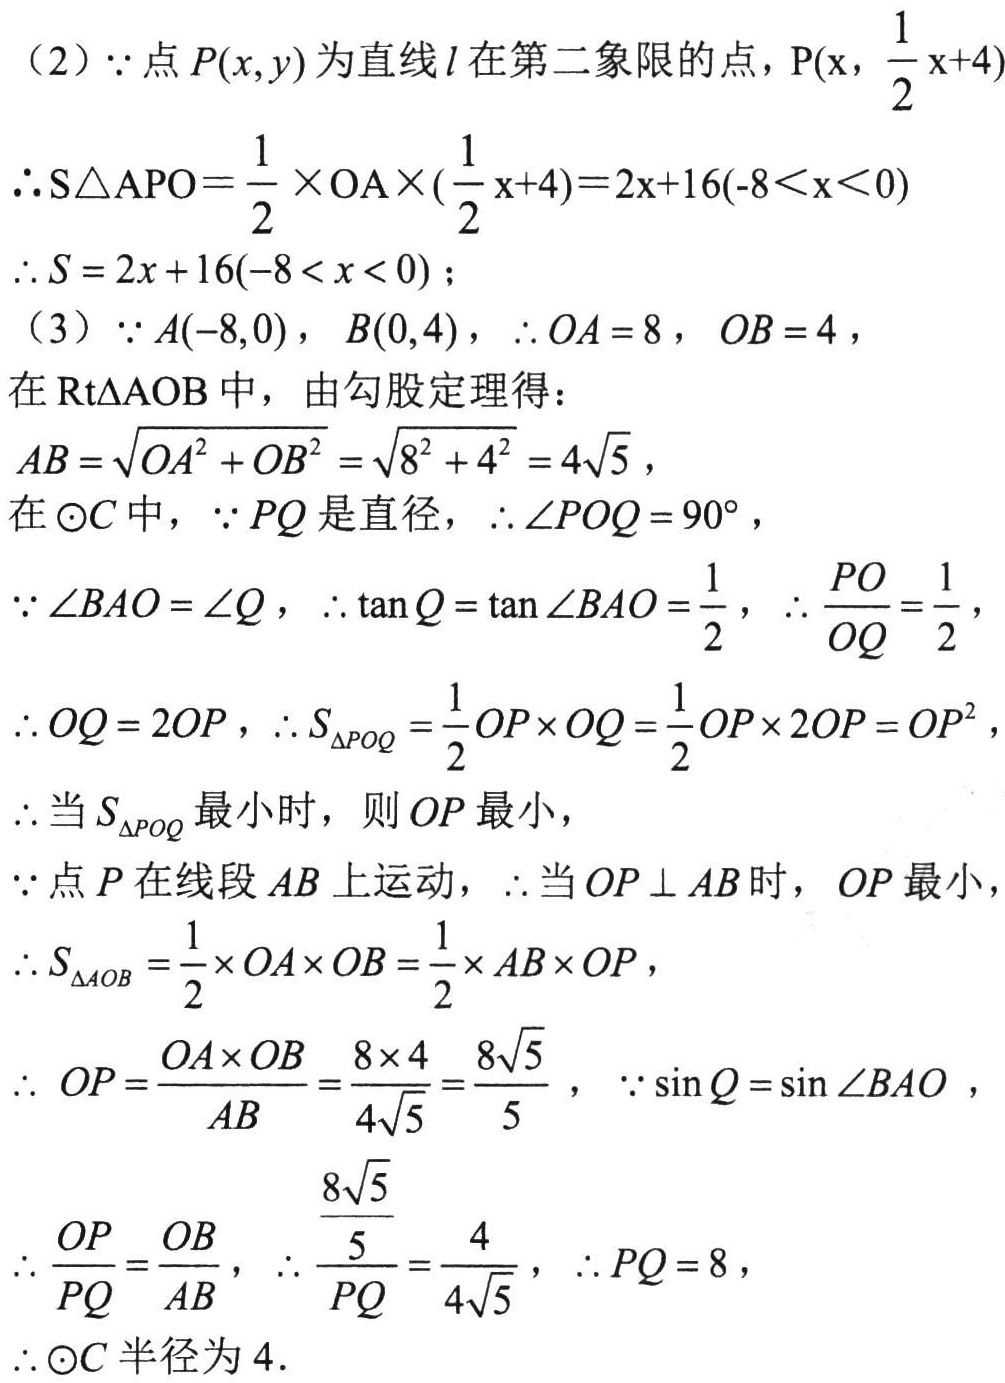
(2) \(\because\)点\(P(x,y)\)为直线\(l\)在第二象限的点，\(P(x,\frac{1}{2}x + 4)\)
\(\therefore S_{\triangle APO}=\frac{1}{2}\times OA\times(\frac{1}{2}x + 4)=2x + 16(-8\lt x\lt0)\)
\(\therefore S = 2x + 16(-8\lt x\lt0)\)；
(3) \(\because A(-8,0)\)，\(B(0,4)\)，\(\therefore OA = 8\)，\(OB = 4\)，
在\(\text{Rt}\triangle AOB\)中，由勾股定理得：
\(AB=\sqrt{OA^{2}+OB^{2}}=\sqrt{8^{2}+4^{2}} = 4\sqrt{5}\)，
在\(\odot C\)中，\(\because PQ\)是直径，\(\therefore\angle POQ = 90^{\circ}\)，
\(\because\angle BAO=\angle Q\)，\(\therefore\tan Q=\tan\angle BAO=\frac{1}{2}\)，\(\therefore\frac{PO}{OQ}=\frac{1}{2}\)，
\(\therefore OQ = 2OP\)，\(\therefore S_{\triangle POQ}=\frac{1}{2}OP\times OQ=\frac{1}{2}OP\times2OP = OP^{2}\)，
\(\therefore\)当\(S_{\triangle POQ}\)最小时，则\(OP\)最小，
\(\because\)点\(P\)在线段\(AB\)上运动，\(\therefore\)当\(OP\perp AB\)时，\(OP\)最小，
\(\therefore S_{\triangle AOB}=\frac{1}{2}\times OA\times OB=\frac{1}{2}\times AB\times OP\)，
\(\therefore OP=\frac{OA\times OB}{AB}=\frac{8\times4}{4\sqrt{5}}=\frac{8\sqrt{5}}{5}\)，\(\because\sin Q=\sin\angle BAO\)，
\(\therefore\frac{OP}{PQ}=\frac{OB}{AB}\)，\(\therefore\frac{\frac{8\sqrt{5}}{5}}{PQ}=\frac{4}{4\sqrt{5}}\)，\(\therefore PQ = 8\)，
\(\therefore\odot C\)半径为\(4\).